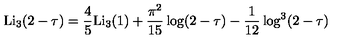
\mathrm { L i } _ { 3 } ( 2 - \tau ) = \frac { 4 } { 5 } \mathrm { L i } _ { 3 } ( 1 ) + \frac { \pi ^ { 2 } } { 1 5 } \log ( 2 - \tau ) - \frac { 1 } { 1 2 } \log ^ { 3 } ( 2 - \tau )